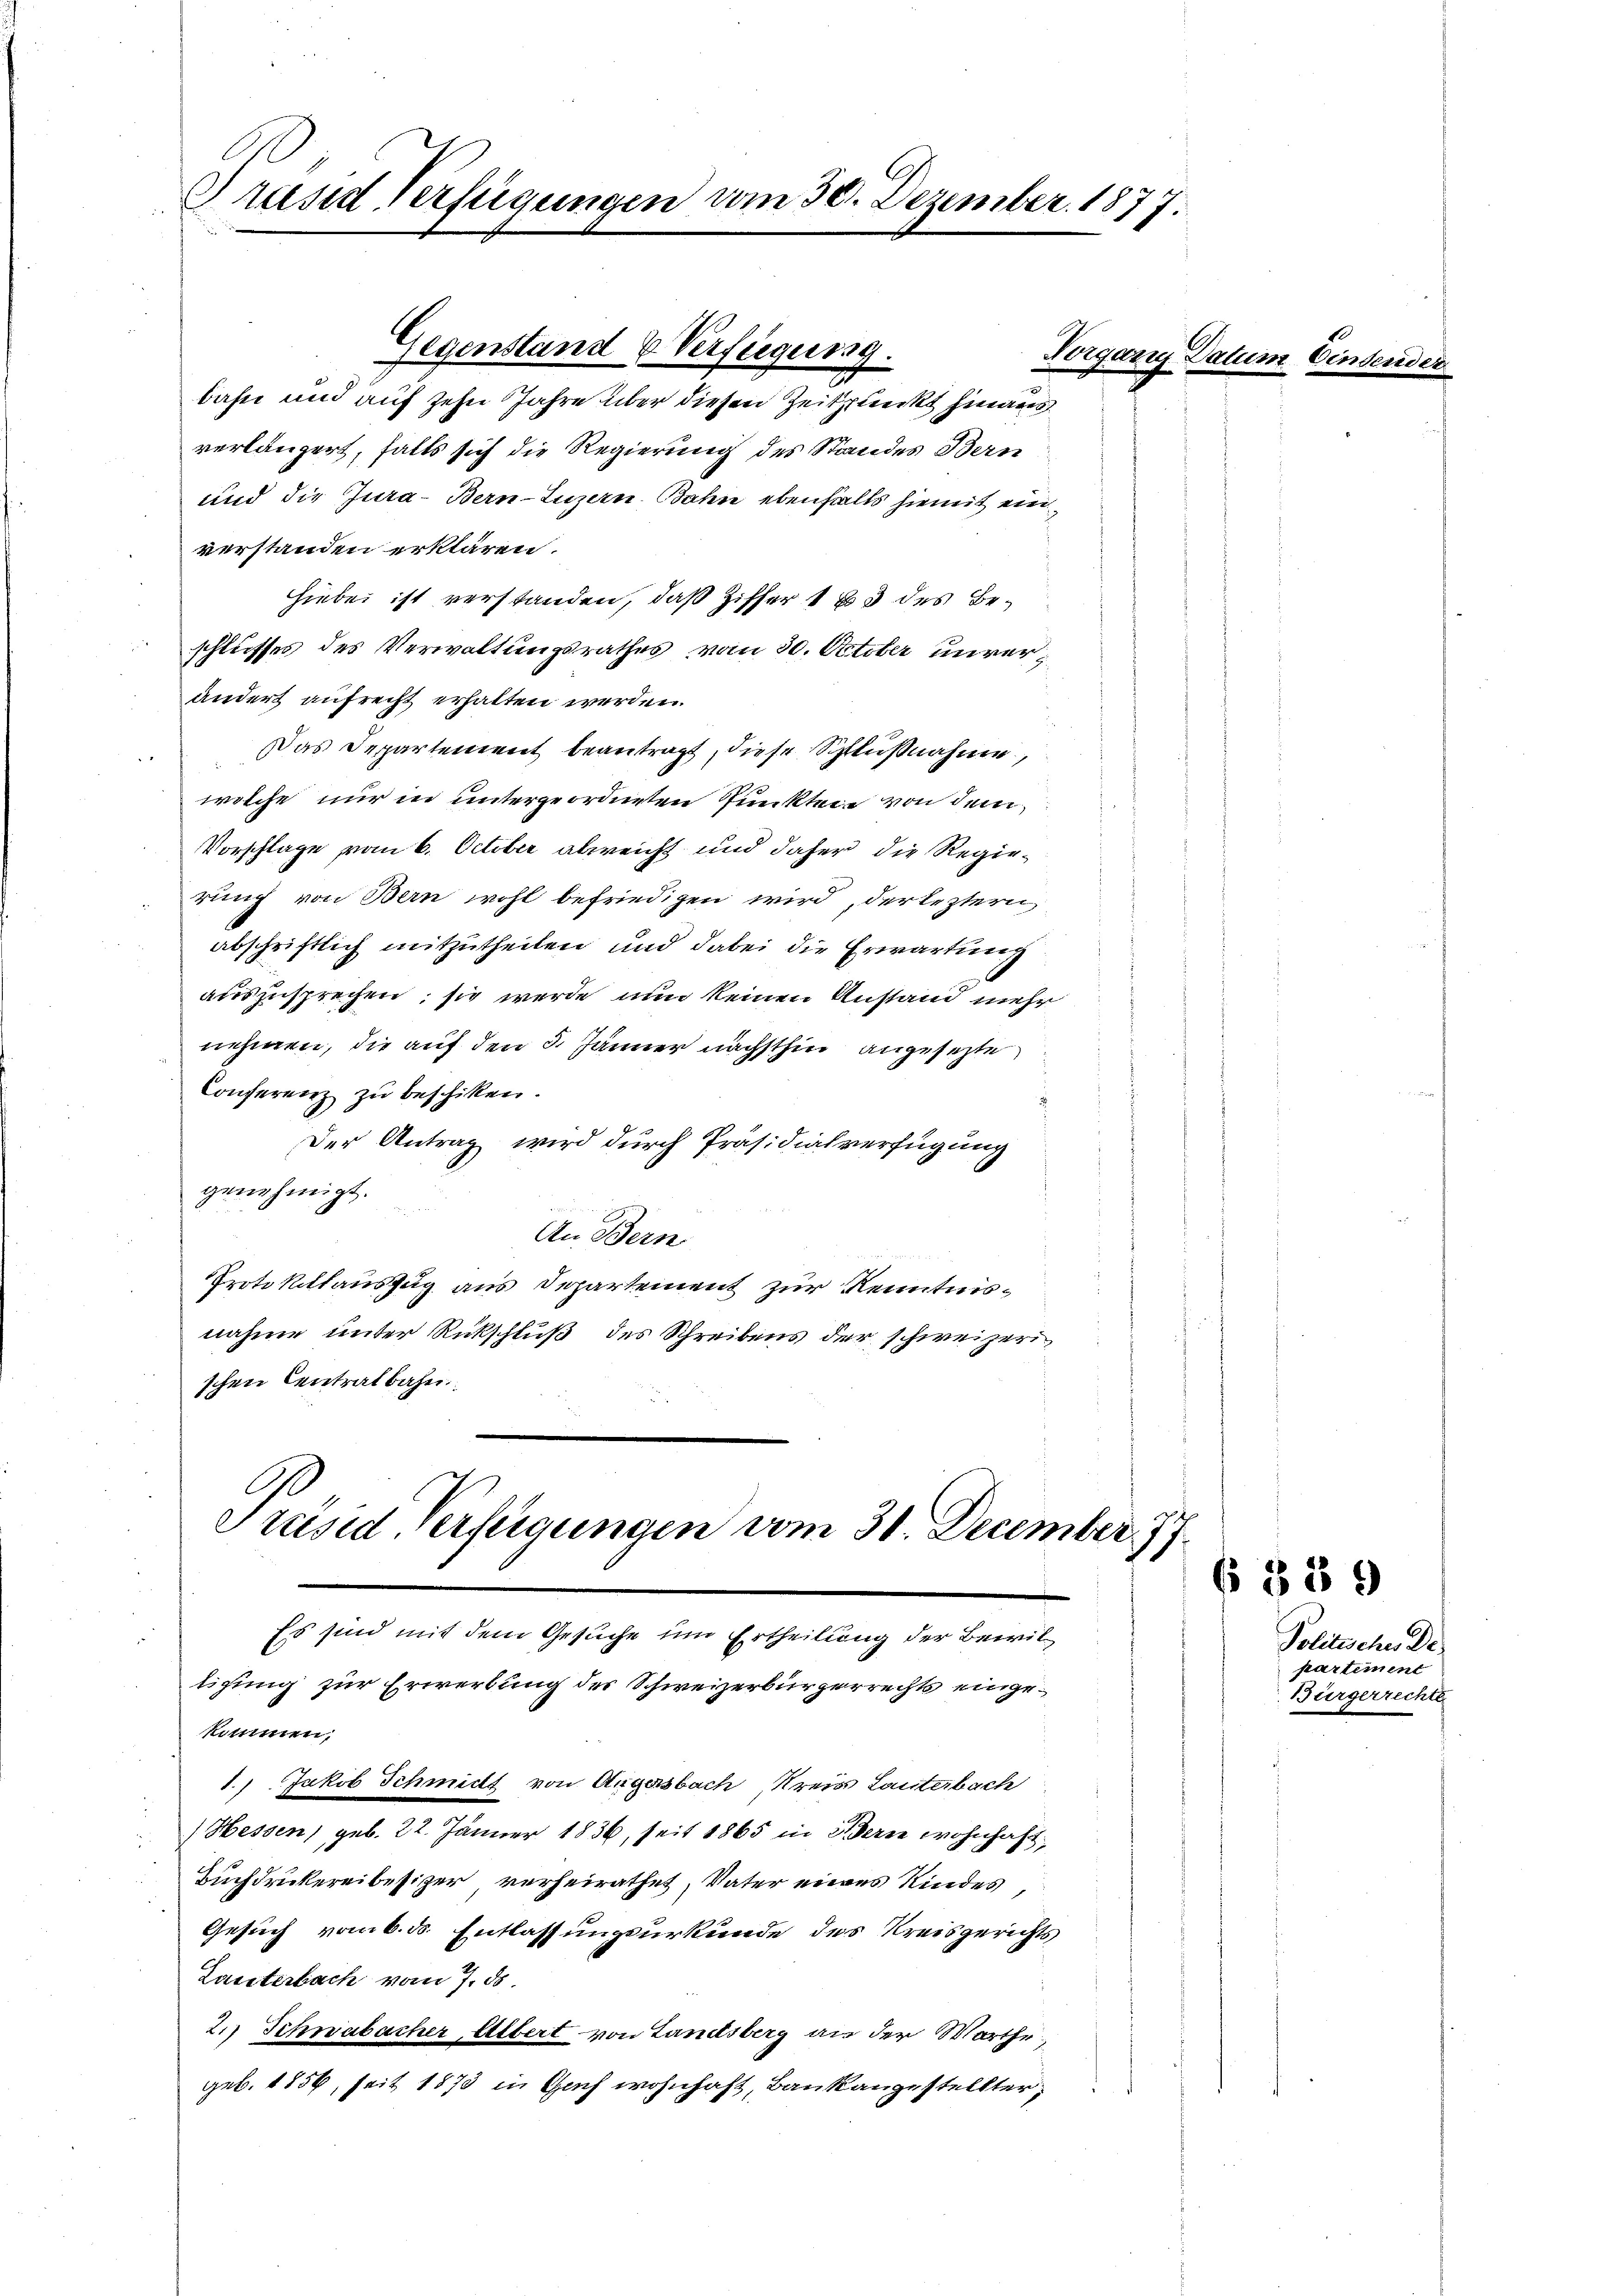
Grand Verfügungen vom 30. Dezember 1877.

Gegenstand & Verfügung.
bahn und auf zehn Jahre über diesen Zeitpunkt hinaus
verlängert, falls sich die Regierung des Standes Bern
und die Jura-Bern-Luzern. Bahn ebenfalls hiemit ein
verstanden erklären.
Hiebei ist verstanden, daß Ziffer 183 des Beschlusses des Verwaltungsrathes vom 30. October unverändert aufrecht erhalten werden.
Das Departement beantragt, diese Schlußnahme,
welche nur in untergeordneten Punkten von dem
Vorschlage vom 6. October abweicht und daher die Regierung von Bern wohl befriedigen wird, der leztern,
abschriftlich mitzutheilen und dabei die Erwartung
auszusprechen; sie werde nun keinen Anstand mehr
nehmen, die auf den 3. Jänner nächsthin angesezte
Conferenz zu beschiken.
Der Antrag wird durch Präsidialverfügung
genehmigt.
An Bern
Protokiklauszug aus Departement zur Kenntnisnahme unter Rückschluß des Schreibens der schweizeri
schen Centratbahn.

tigung zur Erwerbung des Schweizerbürgerrechts eingekommen,
1.) Jakob Schmidt von Augensbach, Kreis Lauterbach
Hessen, geb. 22. Jänner 1836, seit 1865 in Berne wohnhaft
Buchdruckereibesizer verheirathet, Vater eines Kindes,
Gesuch vom 6. ds. Entlassungsurkunde des Kreisgerichts
Lauterbach vom 7. ds.
2.) Schwabacher, Albert von Landsberg an der Vorthegeb. 1856, seit 1873 in Sach wohnhaft, Bankangestellter¬

Präsid Verfügungen vom 31. December 7
Es sind mit dem Gesuche im Ertheilung der Bewil

Vorgang Datum Einser

6389

Politischer Dr.
partement
Bürgerrechte